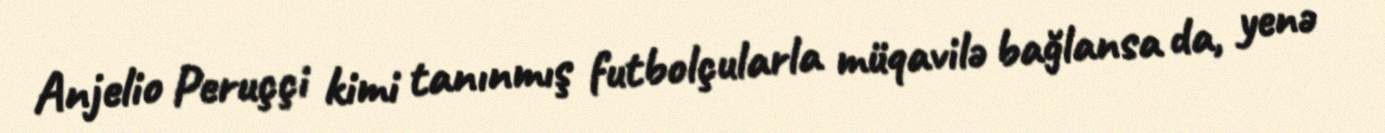
Anjelio Peruççi kimi tanınmış futbolçularla müqavilə bağlansa da, yenə